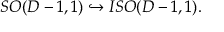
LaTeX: S O ( D - 1 , 1 ) \hookrightarrow I S O ( D - 1 , 1 ) .